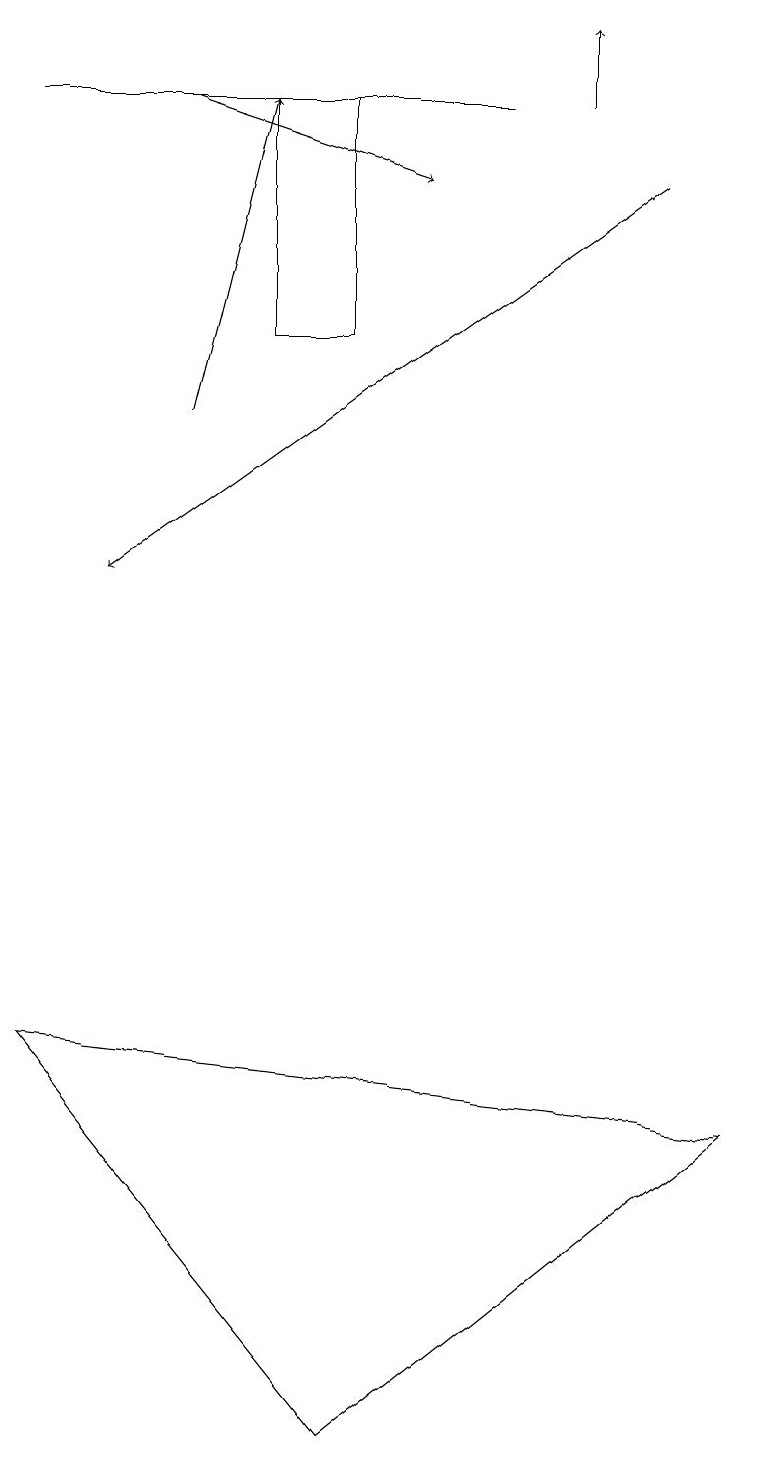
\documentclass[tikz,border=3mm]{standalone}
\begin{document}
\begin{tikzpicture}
\draw[->] (7,18) -- (7,19);
\draw (0,6) -- (9,5) -- (4,1) -- cycle;
\draw (3,18) rectangle (4,15);
\draw[->] (2,18) -- (5,17);
\draw (0,18) rectangle (6,18);
\draw[->] (2,14) -- (3,18);
\draw[->] (8,17) -- (1,12);
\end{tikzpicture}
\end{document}